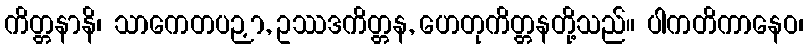
ကိတ္တနာနိ၊ သာကေတပဉှာ, ဥဿဒကိတ္တန, ဟေတုကိတ္တနတို့သည်။ ပါကတိကာနေဝ၊